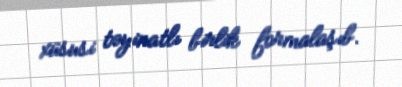
xüsusi təyinatlı birlik formalaşıb.